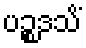
ပဉ္စဒသိံ